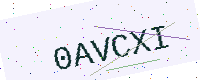
Text: 0AVCXI